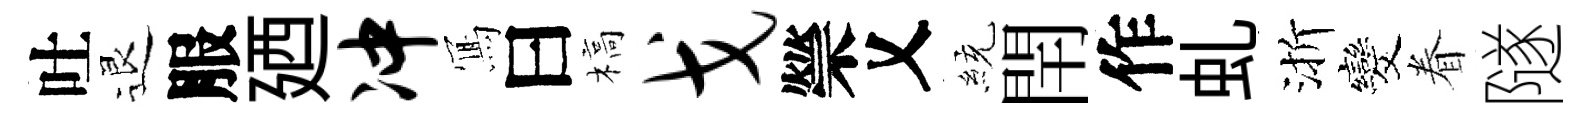
吐退服廼冲𭂁曰槁戈禜乂統閈作虬渐发眷隧